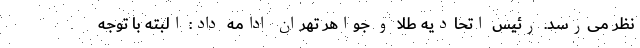
نظر می‌رسد. رئیس اتحادیه طلا و جواهر تهران ادامه داد: البته با توجه